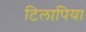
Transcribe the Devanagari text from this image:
टिलापिया